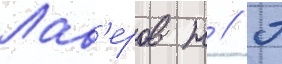
Лав'еров н // П